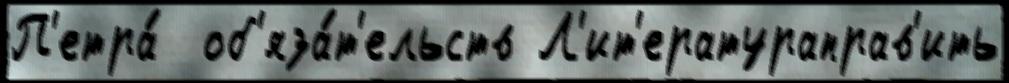
П'етра́  об'яза́т'ельств Л'ит'ератураправ'ить